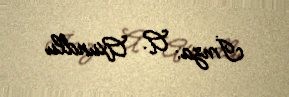
İmza: A. Axundlu